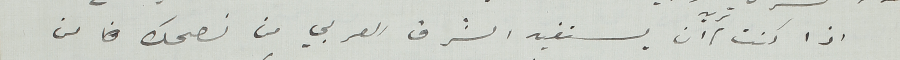
اذا كنت تريد ان يستفيد الشرق العربي من نصحك من